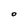
Character: O